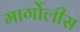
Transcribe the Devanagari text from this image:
मार्गोलीस